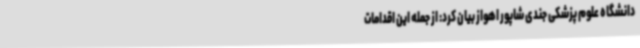
دانشگاه علوم پزشکی جندی شاپور اهواز بیان کرد: از جمله این اقدامات